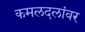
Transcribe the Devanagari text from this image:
कमलदलांवर